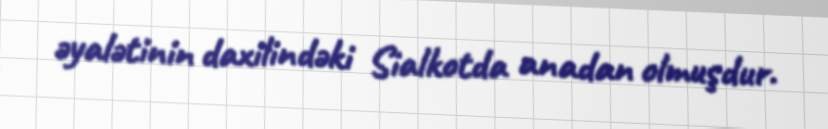
əyalətinin daxilindəki Sialkotda anadan olmuşdur.